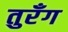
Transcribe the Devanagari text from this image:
तुरँग